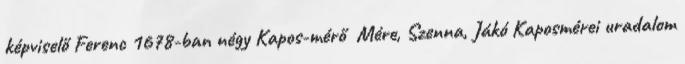
képviselő Ferenc 1678-ban négy Kapos-mérő Mére, Szenna, Jákó Kaposmérei uradalom